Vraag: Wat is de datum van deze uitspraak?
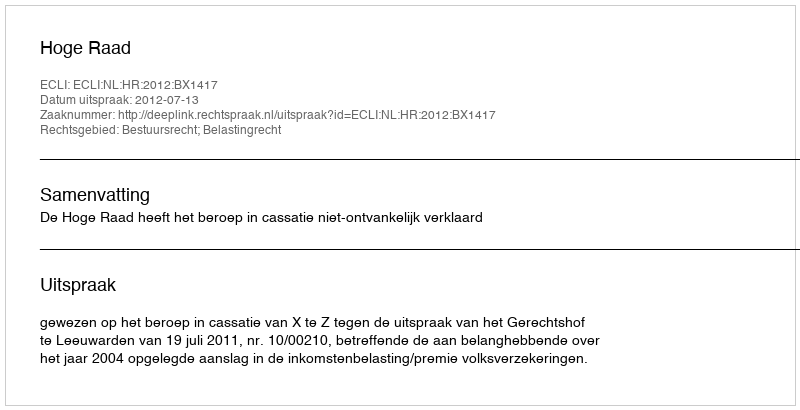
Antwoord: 2012-07-13